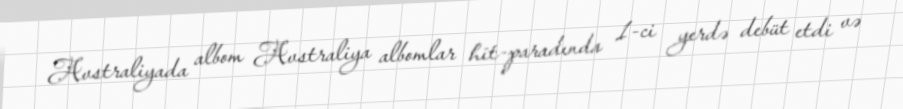
Avstraliyada albom Avstraliya albomlar hit-paradında 1-ci yerdə debüt etdi və